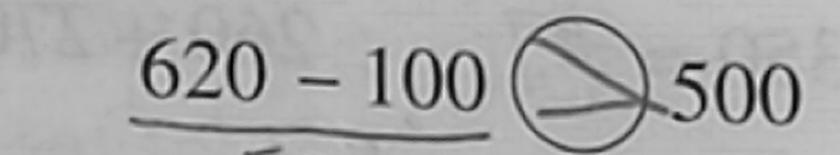
6 2 0 - 1 0 0 > 5 0 0